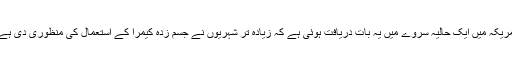
امریکہ میں ایک حالیہ سروے میں یہ بات دریافت ہوئی ہے کہ زیادہ تر شہریوں نے جسم زدہ کیمرا کے استعمال کی منظوری دی ہے۔